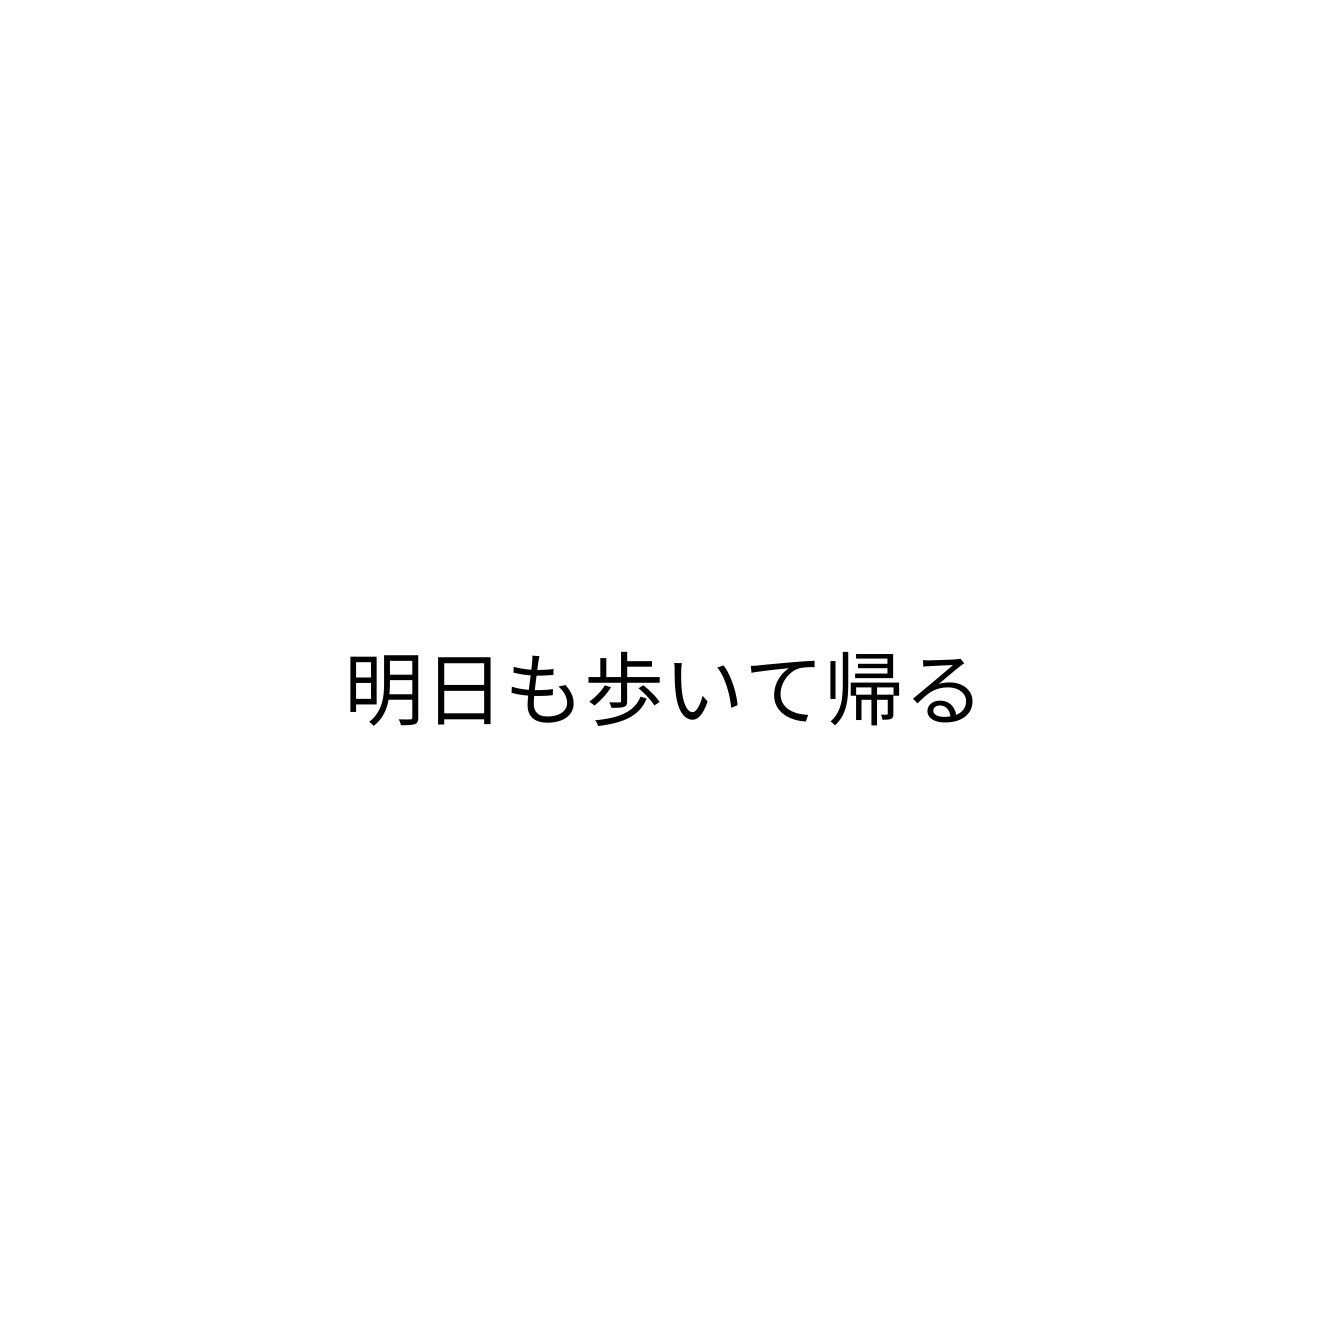
明日も歩いて帰る